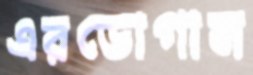
এরডোগান